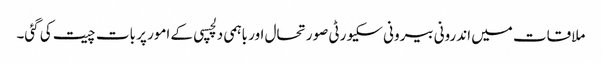
ملاقات میں اندرونی بیرونی سکیورٹی صورتحال اور باہمی دلچسپی کے امور پر بات چیت کی گئی۔